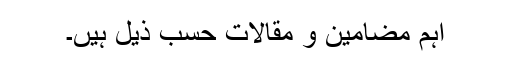
اہم مضامین و مقالات حسب ذیل ہیں۔